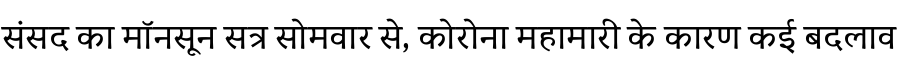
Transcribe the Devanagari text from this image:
संसद का मॉनसून सत्र सोमवार से, कोरोना महामारी के कारण कई बदलाव